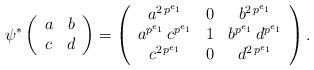
LaTeX: \begin{align*} \psi^*\left(\begin{array}{c c} a & b \\ c & d \end{array}\right) = \left(\begin{array}{c c c} a^{2 \, p^{e_1}} & 0 & b^{2 \, p^{e_1}} \\ a^{p^{e_1}} \, c^{ p^{e_1}} & 1 & b^{p^{e_1}} \, d^{ p^{e_1}} \\ c^{ 2 \, p^{e_1}} & 0 & d^{ 2 \, p^{e_1}} \end{array} \right) . \end{align*}